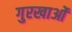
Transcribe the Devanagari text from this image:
गुरखाओं